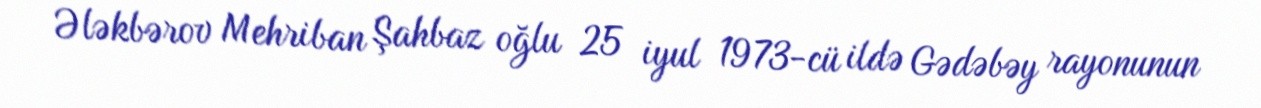
Ələkbərov Mehriban Şahbaz oğlu 25 iyul 1973-cü ildə Gədəbəy rayonunun